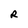
Character: R